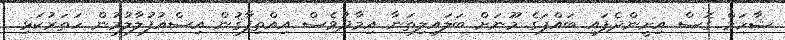
ޝާހަމް ގޮސް އިށީންދެފައި ބައްޕަގެ މޫނަށް ބަލައިލިތަނާ އިމާދުވެސް އިއްތިފާޤުން އިސްއުފުލާލުމުން ހަތަރުކަޅި